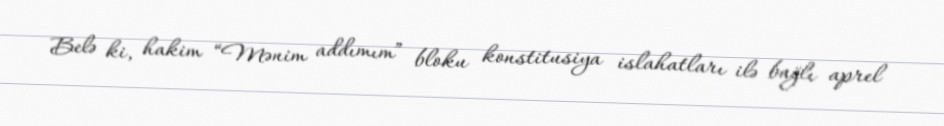
Belə ki, hakim “Mənim addımım” bloku konstitusiya islahatları ilə bağlı aprel